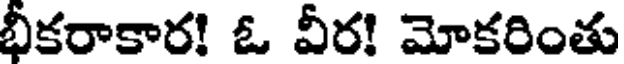
భీకరాకార! ఓ వీర! మోకరింతు